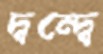
দ্বন্দ্বে